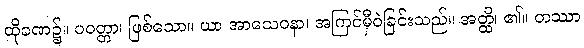
ထိုခဏ၌။ ပဝတ္တာ၊ ဖြစ်သော။ ယာ အာသေဝနာ၊ အကြင်မှီဝဲခြင်းသည်။ အတ္ထိ၊ ၏။ တဿာ